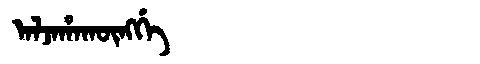
Manchu: ᠠᠯᠵᠠᡥᠠᡴᡡᠩᡤᡝ
Romanization: ALJAHAKŪNGGE